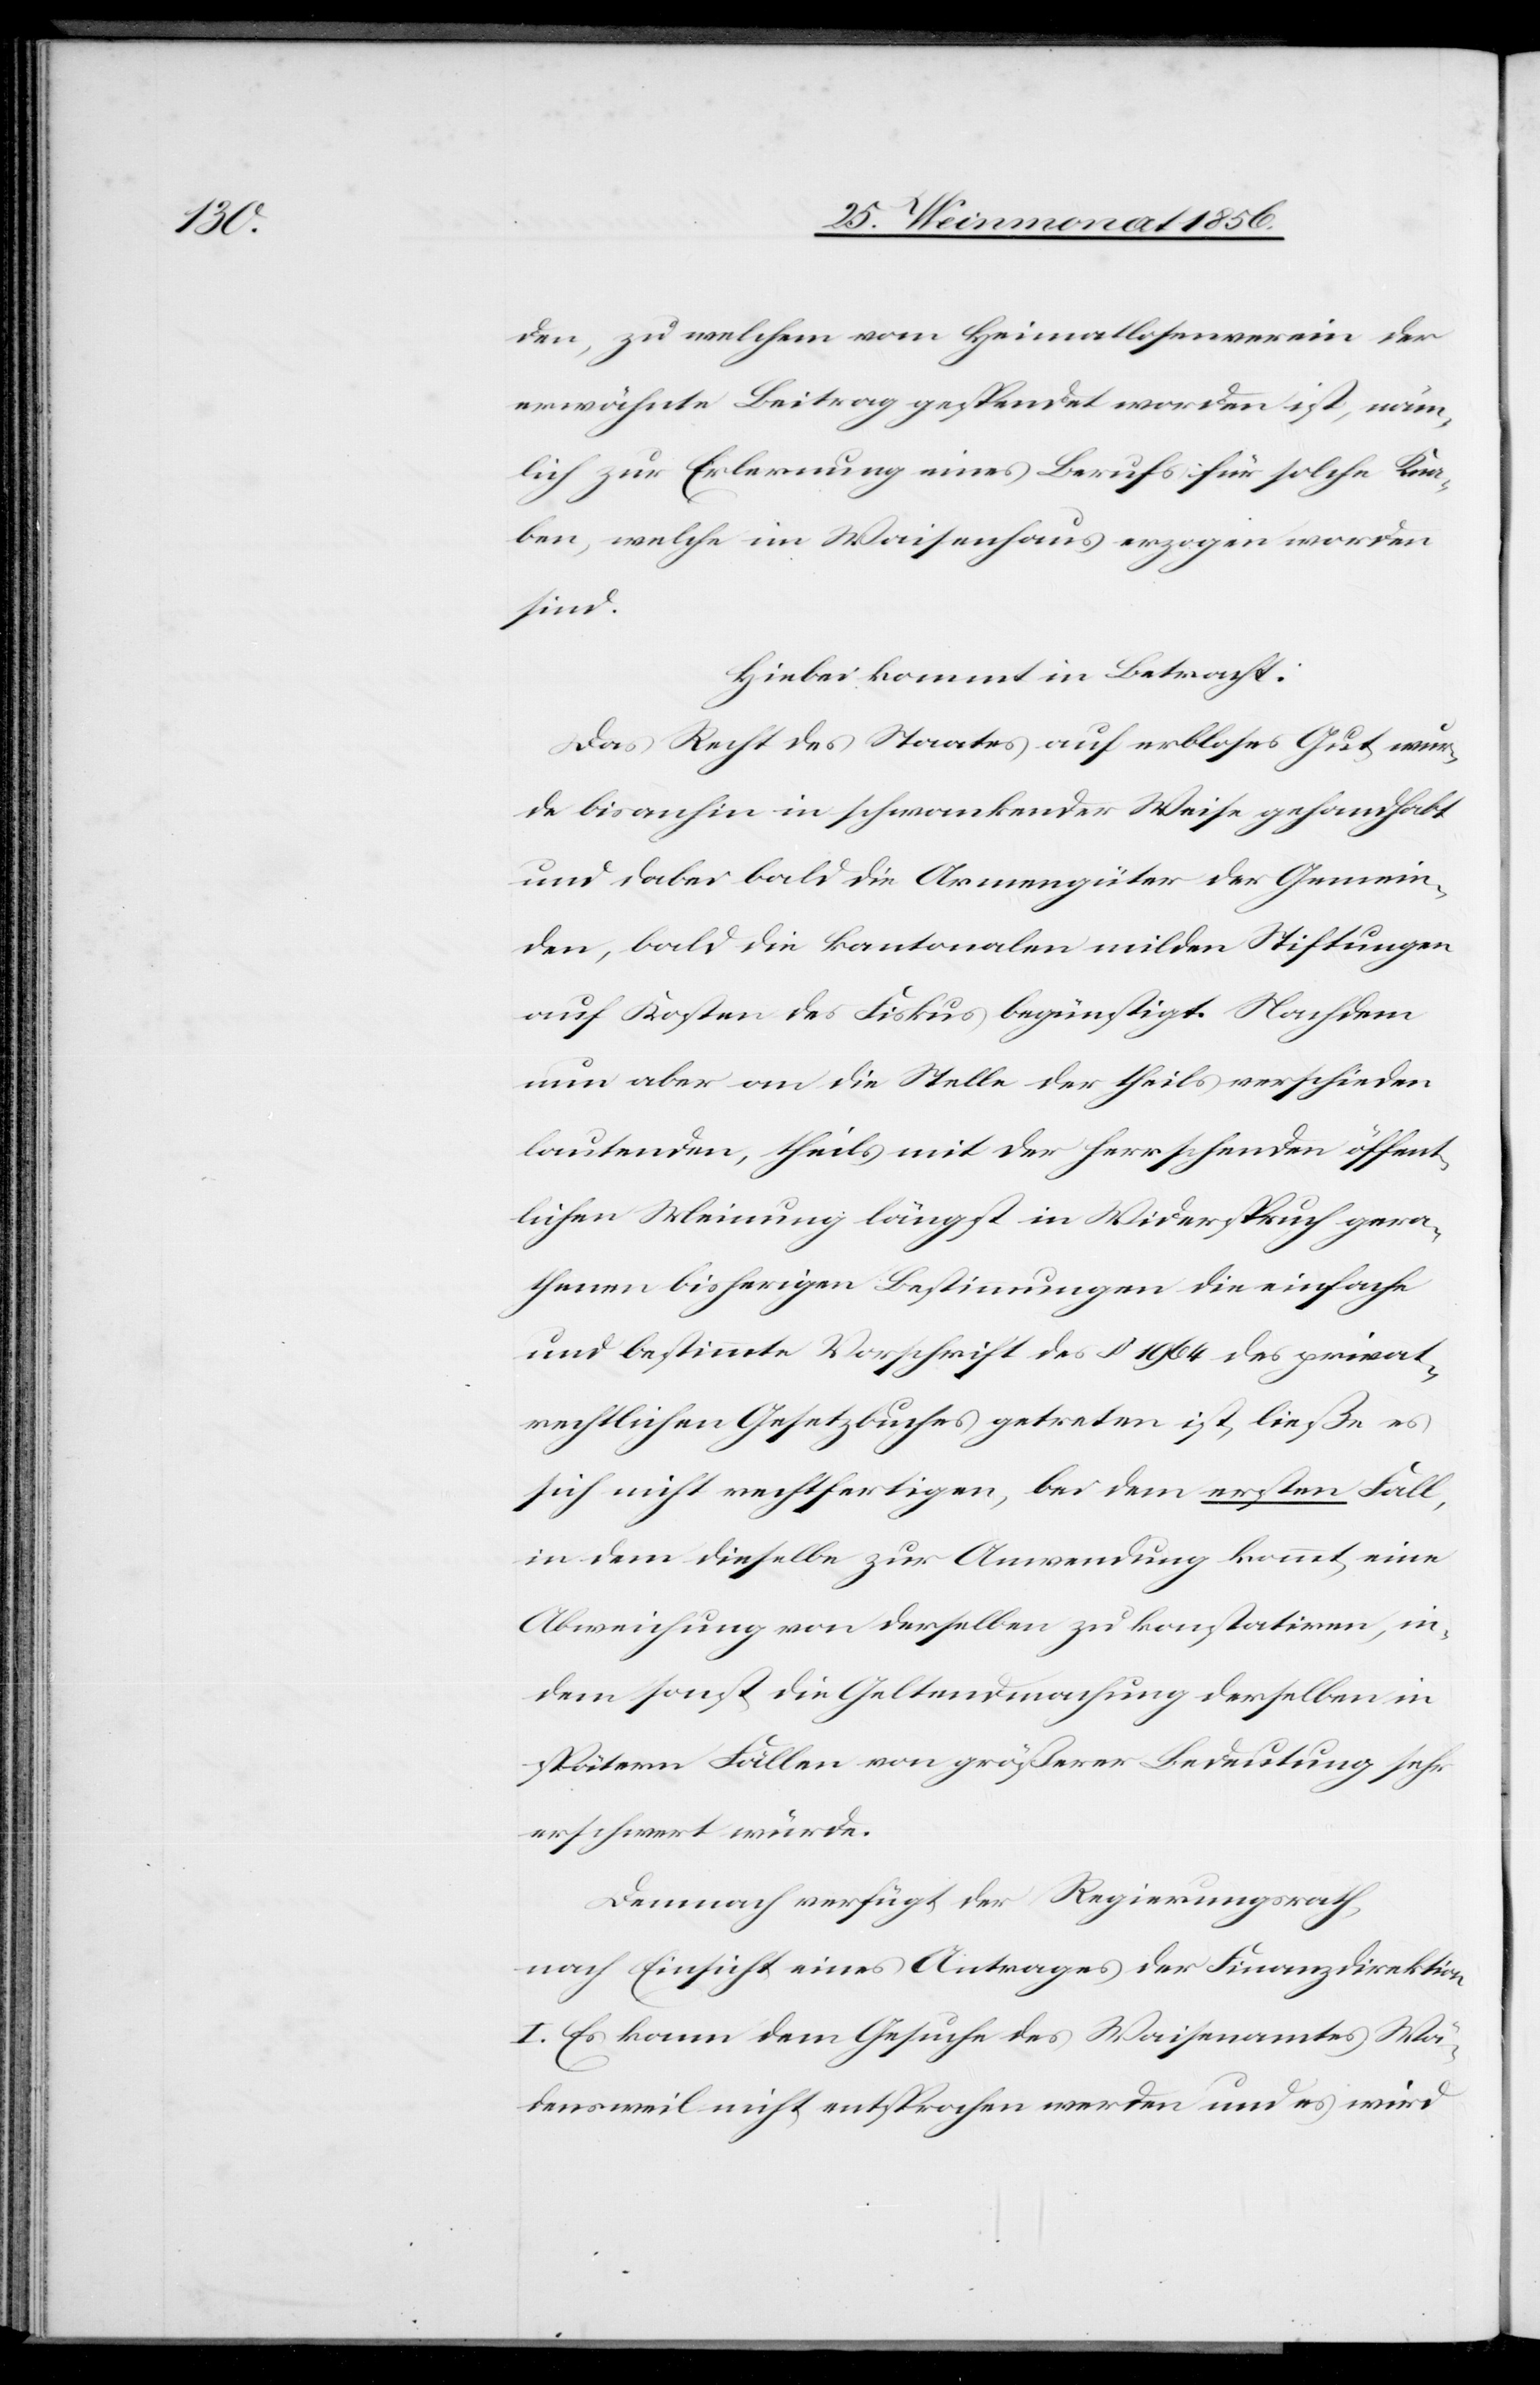
den, zu welchem vom Heimatlosenverein der
erwähnte Beitrag gespendet worden ist, näm¬
lich zur Erlernung eines Berufs für solche Kna¬
ben, welche im Waisenhaus erzogen worden
sind.
Hiebei kommt in Betracht:
Das Recht des Staates auf erbloses Gut wur¬
de bisanhin in schwankender Weise gehandhabt
und dabei bald die Armengüter der Gemein¬
den, bald die kantonalen milden Stiftungen
auf Kosten des Fiskus begünstigt. Nachdem
nun aber an die Stelle der theils verschieden
lautenden, theils mit der herrschenden öffent¬
lichen Meinung längst in Widerspruch gera¬
thenen bisherigen Bestimmungen die einfache
und bestimmte Vorschrift des § 1964 des privat¬
rechtlichen Gesetzbuches getreten ist, ließe es
sich nicht rechtfertigen, bei dem ersten Fall,
in dem dieselbe zur Anwendung kommt, eine
Abweichung von derselben zu konstatiren, in¬
dem sonst die Geltendmachung derselben in
spätern Fällen von größerer Bedeutung sehr
erschwert würde.
Demnach hat der Regierungsrath,
nach Einsicht eines Antrages der Finanzdirektion
I. Es kann dem Gesuche des Waisenamtes Wä¬
densweil nicht entsprochen werden und es wird